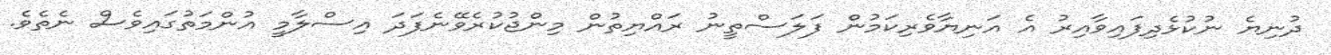
ދުނިޔެ ނުކުޅެދިފައިވާއިރު އެ އަނިޔާވެރިކަމުން ފަލަސްތީނު ރައްޔިތުން މިންޖުކުރެވޭނެފަދަ އިސްލާމީ އުންމަތުގައިވެސް ނެތެވެ.